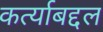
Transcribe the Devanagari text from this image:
कर्त्याबद्दल